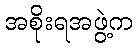
အစိုးရအဖွဲ့က